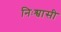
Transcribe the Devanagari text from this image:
निःश्वासी